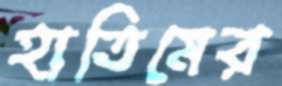
হাতিমের